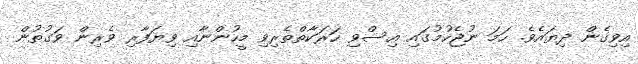
އިވިގެން ދިޔައެވެ. ހަމަ ނުޖެހުމުގައި އިސްވި ހަރަކާތްތެރިވި މީހުންނާއި ވިޔަފާރި ވެރިން ވަގުތުން